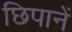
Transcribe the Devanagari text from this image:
छिपानें